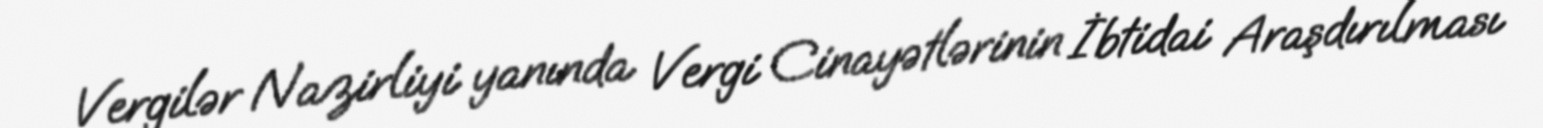
Vergilər Nazirliyi yanında Vergi Cinayətlərinin İbtidai Araşdırılması